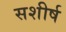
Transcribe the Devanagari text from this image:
सशीर्ष